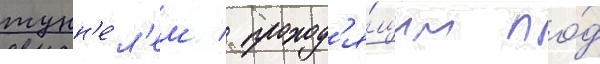
тунн'е́л'ем / проход'я́щим по́д